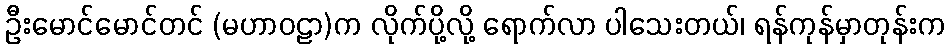
ဦးမောင်မောင်တင် (မဟာဝဠာ)က လိုက်ပို့လို့ ရောက်လာ ပါသေးတယ်၊ ရန်ကုန်မှာတုန်းက